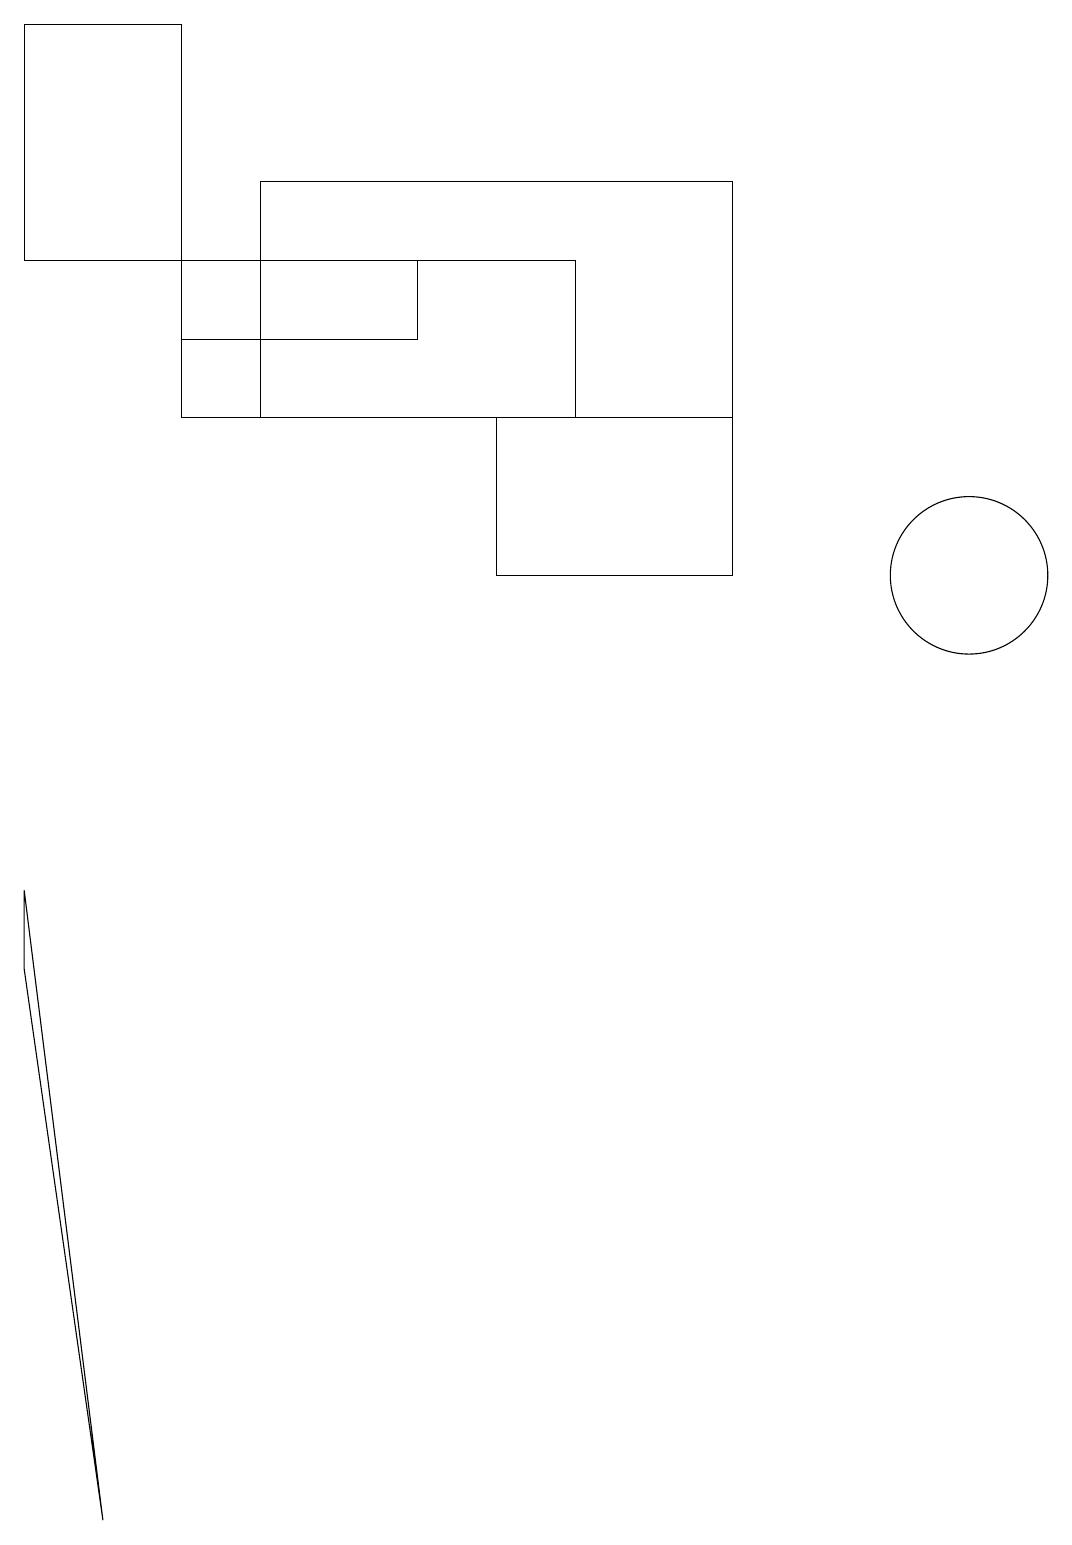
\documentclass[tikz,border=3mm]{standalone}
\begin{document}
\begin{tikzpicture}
\draw (12,12) circle (1);
\draw (2,16) rectangle (0,19);
\draw (7,16) rectangle (2,14);
\draw (9,14) rectangle (3,17);
\draw (0,8) -- (0,7) -- (1,0) -- cycle;
\draw (6,14) rectangle (9,12);
\draw (5,15) rectangle (2,16);
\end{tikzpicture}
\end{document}